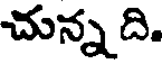
చున్న ది.